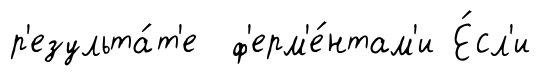
р'езульта́т'е ф'ерм'е́нтам'и Е́сл'и